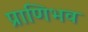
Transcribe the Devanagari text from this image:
प्राणिभव